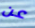
عن